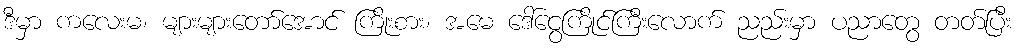
ဒီမှာ ကလေးမ၊ များများတော်အောင် ကြိုးစား၊ အမေ ဒေါ်ငွေကြိုင်ကြီးလောက် ညည်းမှာ ပညာတွေ တတ်ပြီး